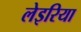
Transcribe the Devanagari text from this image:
लेइरिया